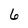
Character: 6